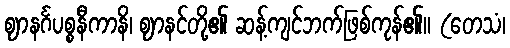
ဈာနင်္ဂပစ္စနီကာနိ၊ ဈာနင်တို့၏ ဆန့်ကျင်ဘက်ဖြစ်ကုန်၏။ (တေသံ၊